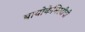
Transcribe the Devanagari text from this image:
बायोकेमिस्टीची